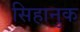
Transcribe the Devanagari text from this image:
सिहानुक